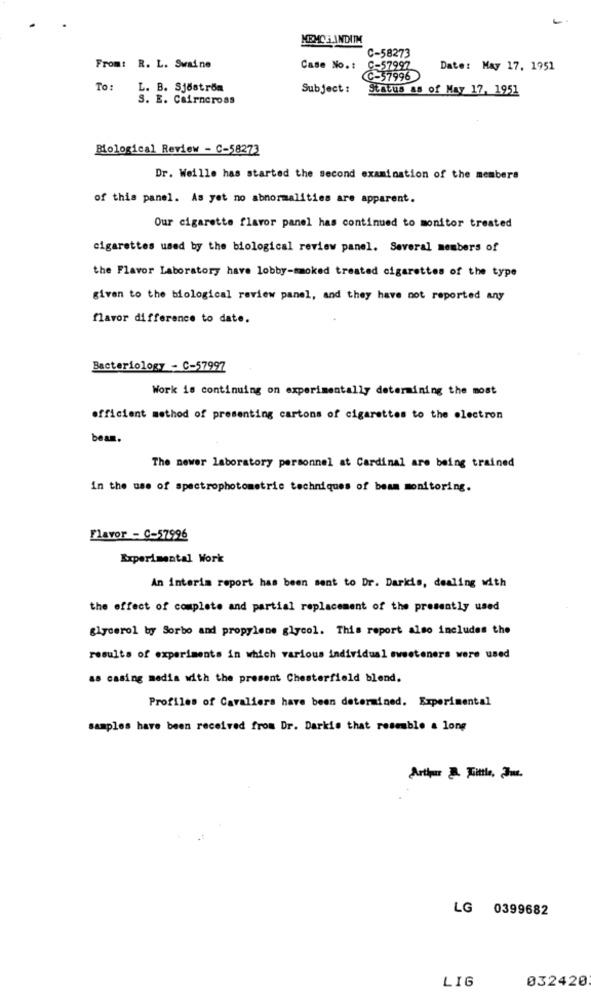
- -
C-58273
From: R. L. Swaine
Case No .:
C-57997
Date: May 17. 1951
C-57996
To:
L. B. Sjöström
Subject :
Status as of May 17, 1951
S. E. Cairncross
Biological Review - C-58273
Dr. Weille has started the second examination of the members
of this panel. As yet no abnormalities are apparent.
Our cigarette flavor panel has continued to monitor treated
cigarettes used by the biological review panel. Several members of
the Flavor Laboratory have lobby-smoked treated cigarettes of the type
given to the biological review panel, and they have not reported any
flavor difference to date.
Bacteriology - C-57997
Work is continuing on experimentally determining the most
efficient method of presenting cartons of cigarettes to the electron
beam.
The newer laboratory personnel at Cardinal are being trained
in the use of spectrophotometric techniques of beam monitoring.
Flavor - C-57996
Experimental Work
An interim report has been sent to Dr. Darkis, dealing with
the effect of complete and partial replacement of the presently used
glycerol by Sorbo and propylene glycol. This report also includes the
results of experiments in which various individual sweeteners were used
as casing media with the present Chesterfield blend.
Profiles of Cavaliers have been determined. Experimental
samples have been received from Dr. Darkis that resemble a long
Arthur D. Trittle, Jmu.
LG 0399682
LIG
032420